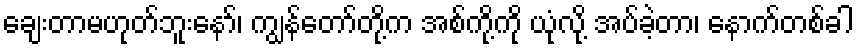
ချေးတာမဟုတ်ဘူးနော်၊ ကျွန်တော်တို့က အစ်ကို့ကို ယုံလို့ အပ်ခဲ့တာ၊ နောက်တစ်ခါ